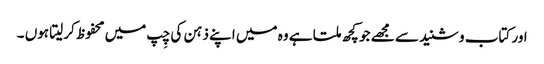
اور کتاب و شنید سے مجھے جو کچھ ملتا ہے وہ میں اپنے ذہن کی چِپ میں محفوظ کرلیتا ہوں ۔